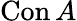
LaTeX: \operatorname{Con}A